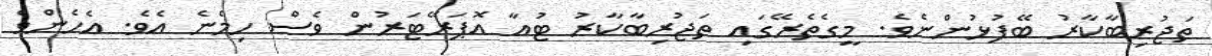
ތަޖުރިބާކާރު ބޭފުޅުންނެވެ. މީގެތެރޭގައި ތަޖުރިބާކާރު ޓުއާ އޮޕަރޭޓަރުން ވެސް ހިމެނެ އެވެ. އެހެންވެ